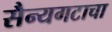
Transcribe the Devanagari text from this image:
सैन्यगटाचा